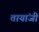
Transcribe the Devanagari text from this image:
तायांजी